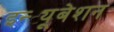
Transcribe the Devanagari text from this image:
इन्ट्यूबेशन